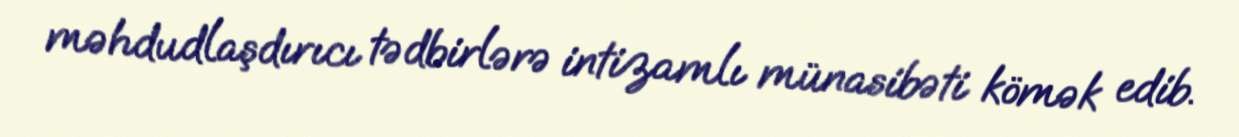
məhdudlaşdırıcı tədbirlərə intizamlı münasibəti kömək edib.